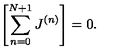
\left[ \sum _ { n = 0 } ^ { N + 1 } J ^ { ( n ) } \right] = 0 .